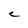
Character: C